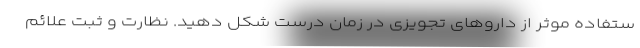
ستفاده موثر از داروهای تجویزی در زمان درست شکل دهید. نظارت و ثبت علائم